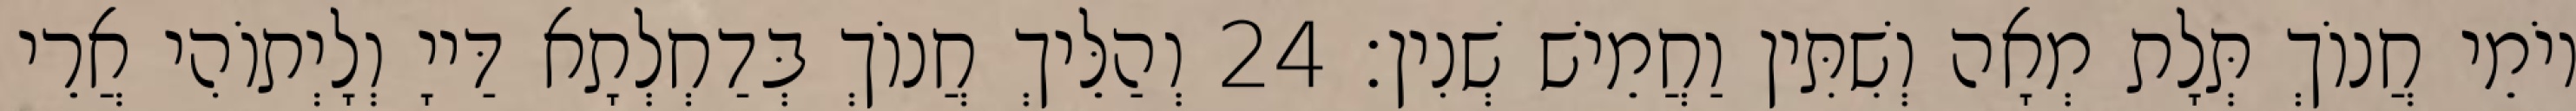
יוֹמֵי חֲנוֹךְ תְּלָת מְאָה וְשִׁתִּין וַחֲמֵישׁ שְׁנִין׃ 24 וְהַלֵּיךְ חֲנוֹךְ בְּדַחְלְתָא דַּייָ וְלָיְתוֹהִי אֲרֵי